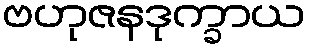
ဗဟုဇနဒုက္ခာယ